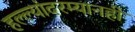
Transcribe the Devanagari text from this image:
हल्ल्यांदरम्यानही